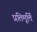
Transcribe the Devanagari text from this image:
प्रतिमूर्त्ति